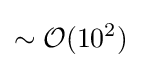
\sim {\mathcal {O}}(10^{2})